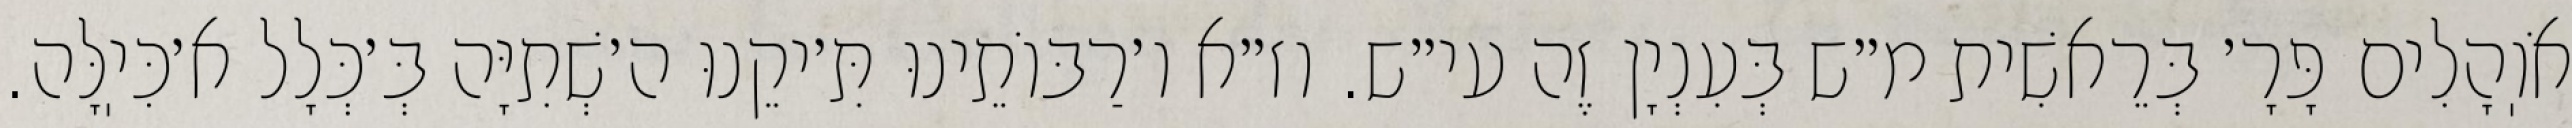
אֹוֽהָלִים פָּרָ׳ בְּרֵאשִׁית מ״ש בְּעִנְיָן זֶה עי״ש. וז״א ו׳רַבּוֹתֵינוּ תִּ׳יקֵנוּ ה׳שְׁתִיָּה בְּ׳כְּלָל א׳כִּיֽלָּה.